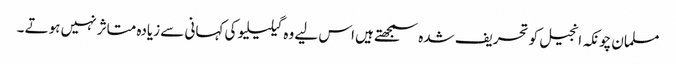
مسلمان چونکہ انجیل کو تحریف شدہ سمجھتے ہیں اس لیے وہ گیلیلیو کی کہانی سے زیادہ متاثر نہیں ہوتے ۔